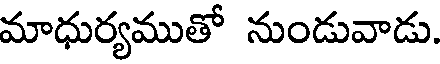
మాధుర్యముతో నుండువాడు.